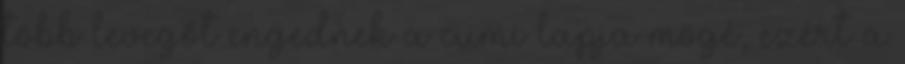
több levegőt engednek a cumi lapja mögé, ezért a